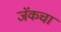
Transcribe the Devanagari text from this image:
जॅकचा